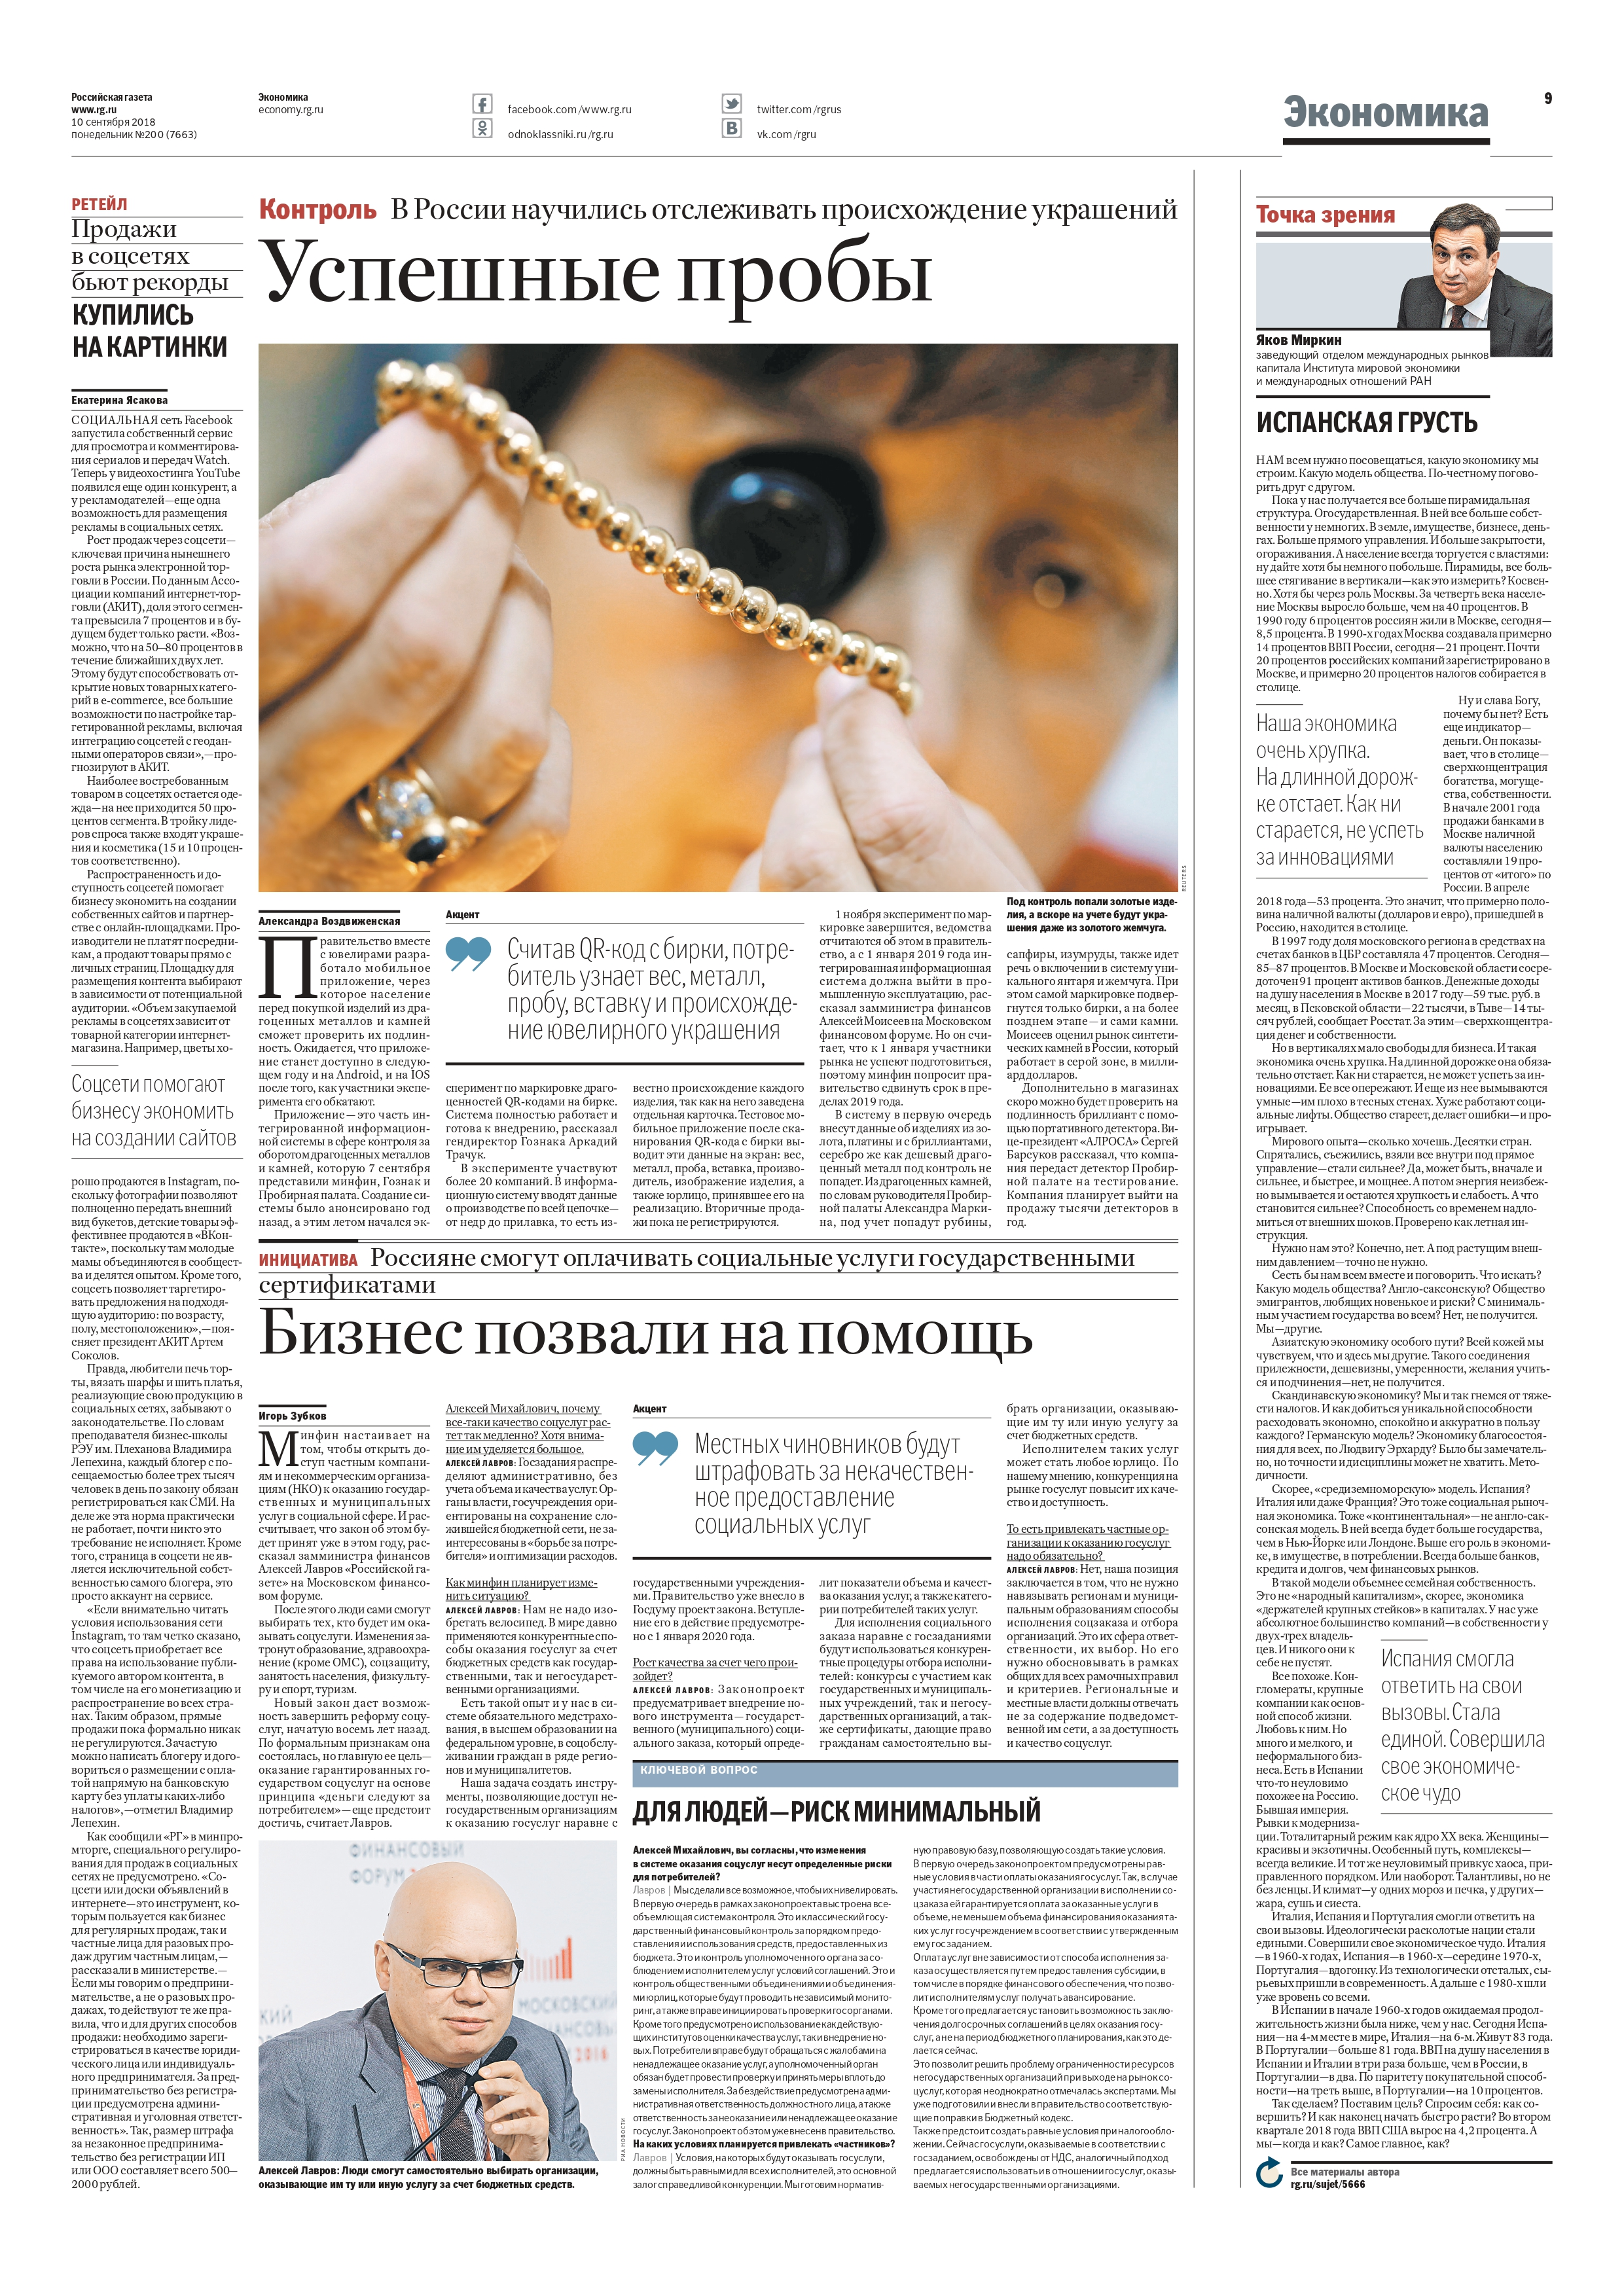
Language: ru